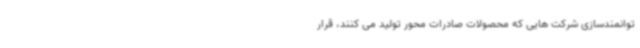
توانمندسازی شرکت هایی که محصولات صادرات محور تولید می کنند، قرار